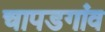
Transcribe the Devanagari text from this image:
चापडगांव